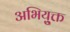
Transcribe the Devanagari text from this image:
अभियु्क्त